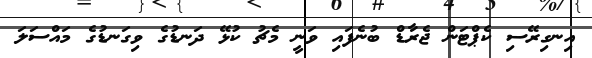
އިނގިރޭސި ކެޕްޓަން ޖެރާޑް ބުނެފައި ވަނީ މެޗު ކުޅޭ ދަނޑުގެ ވިގަނޑުގެ މައްސަލަ